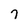
Character: 7